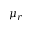
\mu _ { r }